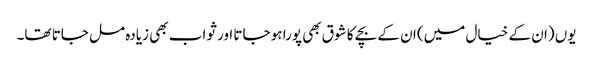
یوں (ان کے خیال میں) ان کے بچے کا شوق بھی پورا ہو جاتا اور ثواب بھی زیادہ مل جاتا تھا۔